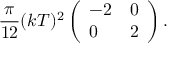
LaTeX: { \frac { \pi } { 1 2 } } ( k T ) ^ { 2 } \left( \begin{array} { l l } { { - 2 } } & { { 0 } } \\ { { 0 } } & { { 2 } } \end{array} \right) .